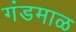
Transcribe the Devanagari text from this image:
गंडमाळ